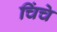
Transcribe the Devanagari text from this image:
चिंचे